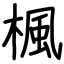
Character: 楓